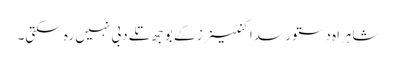
شاہراہ دستور سدا کنٹینرز کے بوجھ تلے دبی نہیں رہ سکتی۔